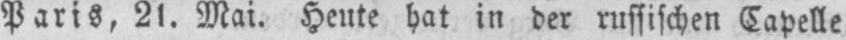
Paris, 21. Mai. Heute hat in der russischen Capelle